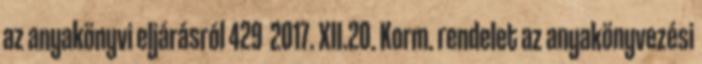
az anyakönyvi eljárásról 429 2017. XII.20. Korm. rendelet az anyakönyvezési